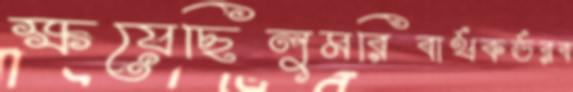
ক্ষয়েছিলুমরিবার্থকর্ডরব